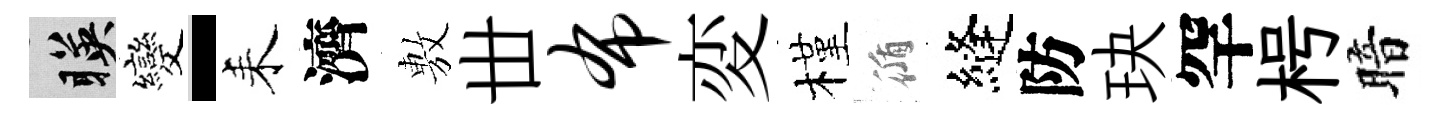
暎變-耒濟𢾾丗布変槿循縫防玦罕枵暗